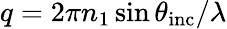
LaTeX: q=2\pi n_{1}\sin\theta_{\mathrm{inc}}/\lambda